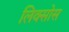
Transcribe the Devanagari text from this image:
लिक्सोस